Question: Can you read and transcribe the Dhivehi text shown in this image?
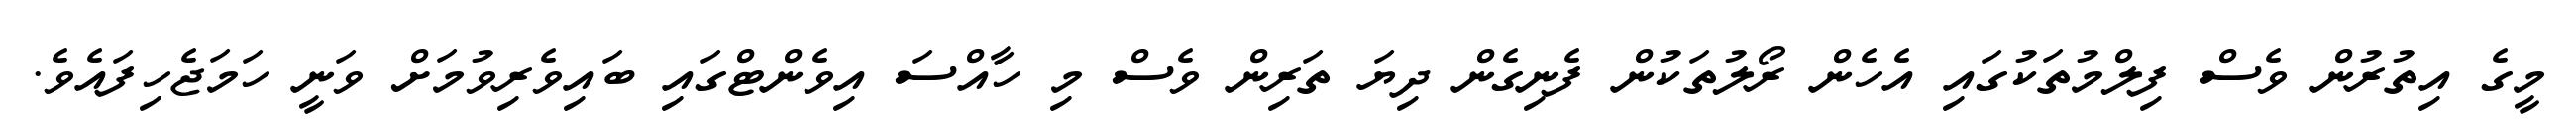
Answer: މީގެ އިތުރުން ވެސް ފިލްމުތަކުގައި އެހެން ރޯލުތަކުން ފެނިގެން ދިޔަ ތަރިން ވެސް މި ހާއްސަ އިވެންޓްގައި ބައިވެރިވުމަށް ވަނީ ހަމަޖެހިފައެވެ.